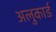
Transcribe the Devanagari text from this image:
अलुकार्ड